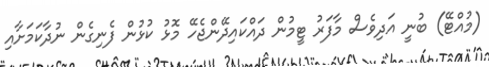
(މުއްޓޭ) ބުނީ އަދިވެސް މާފަރު ޓީމުން ދައްކައިދޭންޖެހޭ މޮޅު ކުޅުން ފެނިގެން ނުދާކަމަށާއި